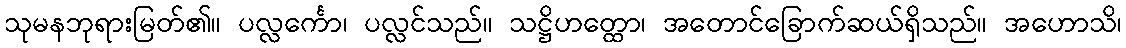
သုမနဘုရားမြတ်၏။ ပလ္လင်္ကော၊ ပလ္လင်သည်။ သဋ္ဌိဟတ္ထော၊ အတောင်ခြောက်ဆယ်ရှိသည်။ အဟောသိ၊